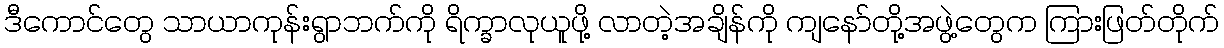
ဒီကောင်တွေ သာယာကုန်းရွာဘက်ကို ရိက္ခာလုယူဖို့ လာတဲ့အချိန်ကို ကျနော်တို့အဖွဲ့တွေက ကြားဖြတ်တိုက်